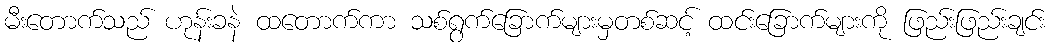
မီးတောက်သည် ဟုန်းခနဲ ထတောက်ကာ သစ်ရွက်ခြောက်များမှတစ်ဆင့် ထင်းခြောက်များကို ဖြည်းဖြည်းချင်း